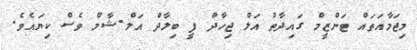
މިޖަމާއަތައް ޓަންޒީމް ގައިދާތު އަލް ޖިހާދް ފީ ބިލާދް އަލް-ޝާމް ވެސް ކިޔައެވެ.